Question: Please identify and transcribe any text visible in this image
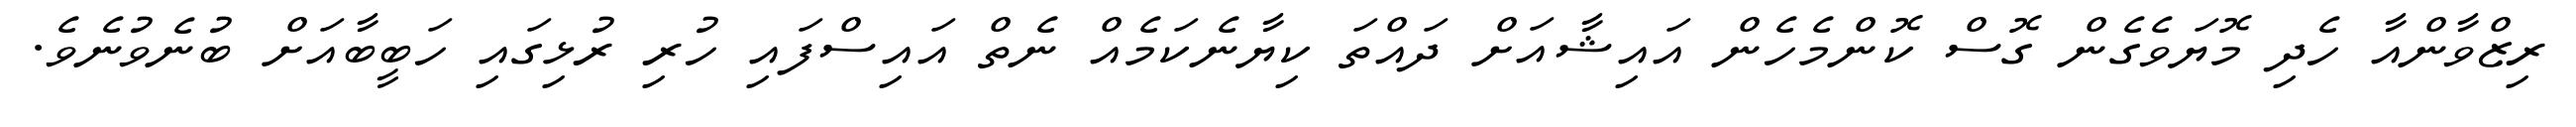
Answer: ރިޒްވާންއާ ހެދި މޮޔަވެގެން ގޮސް ކޮންމެހެން އައިޝާއަށް ދައްތަ ކިޔާނެކަމެއް ނެތް އައިސްފައި ހުރި ރުޅިގައި ހަބީބާއަށް ބުނެވުނެވެ.